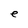
Character: e